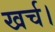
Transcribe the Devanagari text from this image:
खर्च।